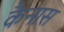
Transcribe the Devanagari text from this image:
कैनास